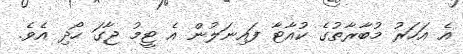
އެ އަހަރު މުބާރާތުގެ ކުއާޓާ ފައިނަލުން އެ ޓީމު ޖާގަ ހޯދި އެވެ.